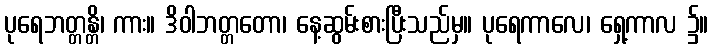
ပုရေဘတ္တန္တိ၊ ကား။ ဒိဝါဘတ္တတော၊ နေ့ဆွမ်းစားပြီးသည်မှ။ ပုရေကာလေ၊ ရှေ့ကာလ ၌။